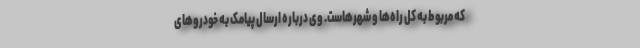
که مربوط به کل راه‌ها و شهرهاست. وی درباره ارسال پیامک به خودرو‌های